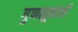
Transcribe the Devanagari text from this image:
गुणसूत्रांशी